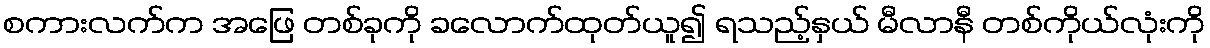
စကားလက်က အဖြေ တစ်ခုကို ခလောက်ထုတ်ယူ၍ ရသည့်နှယ် မီလာနီ တစ်ကိုယ်လုံးကို